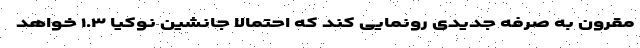
مقرون به صرفه جدیدی رونمایی کند که احتمالا جانشین نوکیا ۱.۳ خواهد